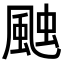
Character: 𮨩